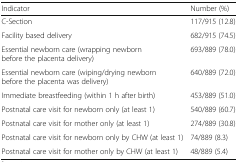
<table><thead><tr><td><b>Indicator</b></td><td><b>Number (%)</b></td></tr></thead><tbody><tr><td>C-Section</td><td>117/915 (12.8)</td></tr><tr><td>Facility based delivery</td><td>682/915 (74.5)</td></tr><tr><td>Essential newborn care (wrapping newborn before the placenta delivery)</td><td>693/889 (78.0)</td></tr><tr><td>Essential newborn care (wiping/drying newborn before the placenta was delivery)</td><td>640/889 (72.0)</td></tr><tr><td>Immediate breastfeeding (within 1 h after birth)</td><td>453/889 (51.0)</td></tr><tr><td>Postnatal care visit for newborn only (at least 1)</td><td>540/889 (60.7)</td></tr><tr><td>Postnatal care visit for mother only (at least 1)</td><td>274/889 (30.8)</td></tr><tr><td>Postnatal care visit for newborn only by CHW (at least 1)</td><td>74/889 (8.3)</td></tr><tr><td>Postnatal care visit for mother only by CHW (at least 1)</td><td>48/889 (5.4)</td></tr></tbody></table>